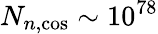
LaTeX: N_{n,\mathrm{cos}}\sim 10^{78}